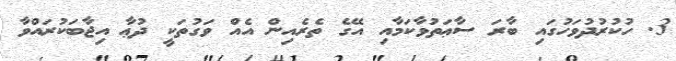
3. ހުކުރުދުވަހުގައި ބާރަ ސާޢަތުވާކަމާއި އޭގެ ތެރެއިން އެއް ވަގުތަކީ ދުޢާ އިޖާބަކުރައްވާ